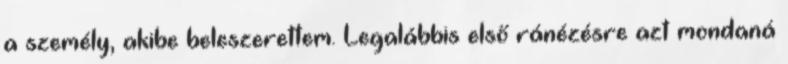
a személy, akibe beleszerettem. Legalábbis első ránézésre azt mondaná